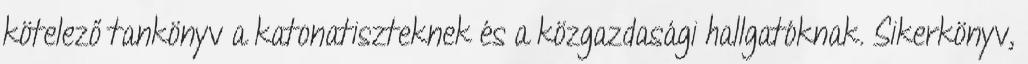
kötelező tankönyv a katonatiszteknek és a közgazdasági hallgatóknak. Sikerkönyv,